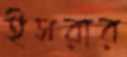
ইসরার